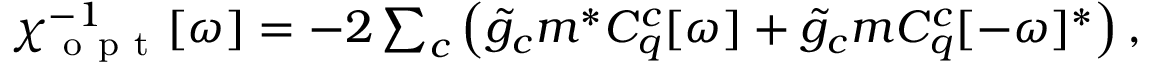
\begin{array} { r } { \chi _ { \mathrm { ~ o ~ p ~ t ~ } } ^ { - 1 } [ \omega ] = - 2 \sum _ { c } \left( \tilde { g } _ { c } m ^ { * } C _ { q } ^ { c } [ \omega ] + \tilde { g } _ { c } m C _ { q } ^ { c } [ - \omega ] ^ { * } \right) , } \end{array}